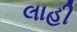
લાહી